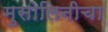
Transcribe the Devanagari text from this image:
मुसोलिनीचा